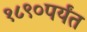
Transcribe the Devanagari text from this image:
१८९०पर्यंत